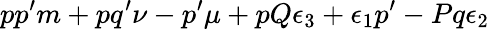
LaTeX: pp^{\prime}m+pq^{\prime}\nu-p^{\prime}\mu+pQ\epsilon_{3}+\epsilon_{1}p^{\prime}-Pq\epsilon_{2}